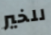
للخير